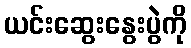
ယင်းဆွေးနွေးပွဲကို